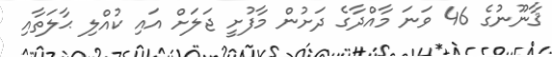
ޤާނޫނުގެ 46 ވަނަ މާއްދާގެ ދަށުން މާފުށީ ޖަލަށް އައި ކުއްލި ޙާލަތާއި